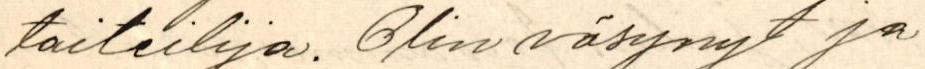
taiteilija. Olin väsynyt ja